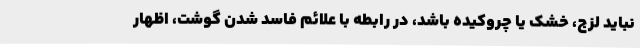
نباید لزج، خشک یا چروکیده باشد، در رابطه با علائم فاسد شدن گوشت، اظهار